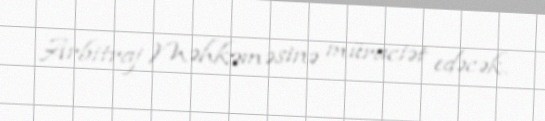
Arbitraj Məhkəməsinə müraciət edəcək.